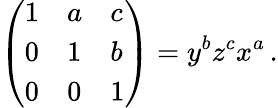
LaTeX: {\left(\begin{array}{lll}{1}&{a}&{c}\\ {0}&{1}&{b}\\ {0}&{0}&{1}\end{array}\right)}=y^{b}z^{c}x^{a}\, .